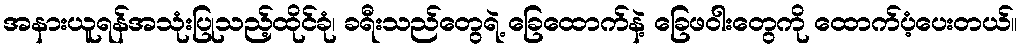
အနားယူရန်အသုံးပြုသည့်ထိုင်ခုံ၊ ခရီးသည်တွေရဲ့ ခြေထောက်နဲ့ ခြေဖဝါးတွေကို ထောက်ပံ့ပေးတယ်။